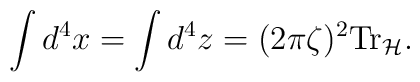
\int d^4x=\int d^4z=(2\pi\zeta)^2\mbox{Tr}_{\cal H}.